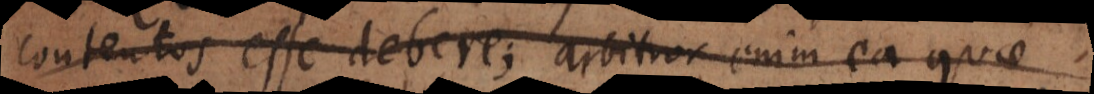
contentos esse debere; arbitror enim ea quae